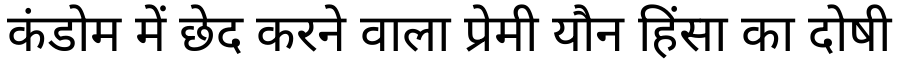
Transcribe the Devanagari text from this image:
कंडोम में छेद करने वाला प्रेमी यौन हिंसा का दोषी